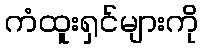
ကံထူးရှင်များကို